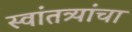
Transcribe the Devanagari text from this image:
स्वांतत्र्यांचा